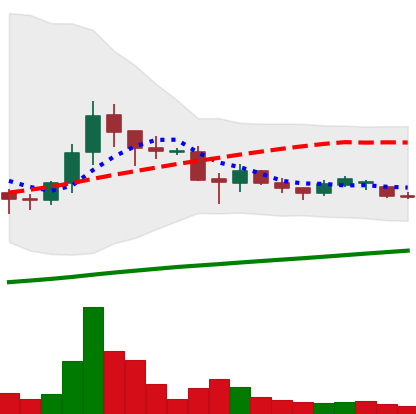
Ticker: DOGE-USD
Chart end date: 2021-06-17
Forward return: -37.673%
Label: down_7plus